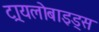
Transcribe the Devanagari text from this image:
ट्रायलोबाइड्स